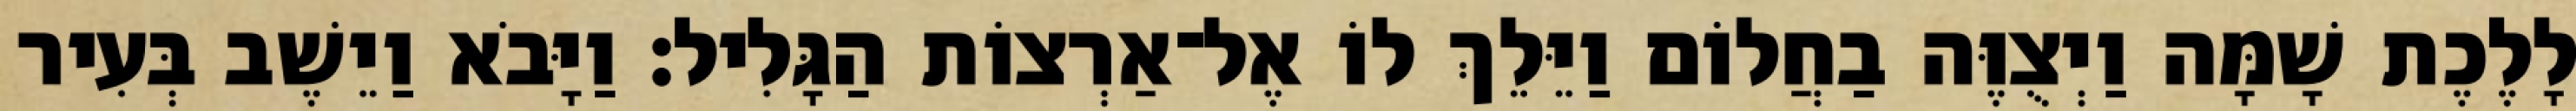
לָלֶכֶת שָׁמָּה וַיְצֻוֶּה בַחֲלוֹם וַיֵּלֵךְ לוֹ אֶל־אַרְצוֹת הַגָּלִיל׃ וַיָּבֹא וַיֵשֶׁב בְּעִיר